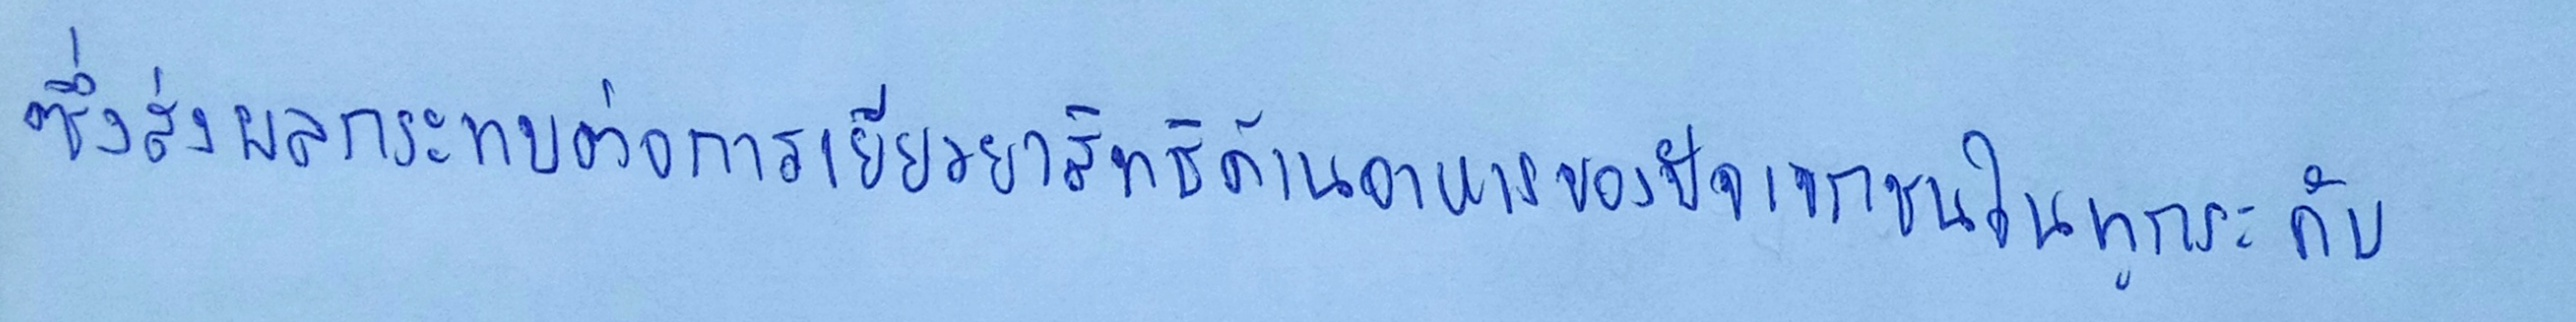
ซึ่งส่งผลกระทบต่อการเยียวยาสิทธิด้านอาหารของปัจเจกชนในทุกระดับ